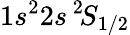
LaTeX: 1s^{2}2s\, ^{2\! }S_{1/2}